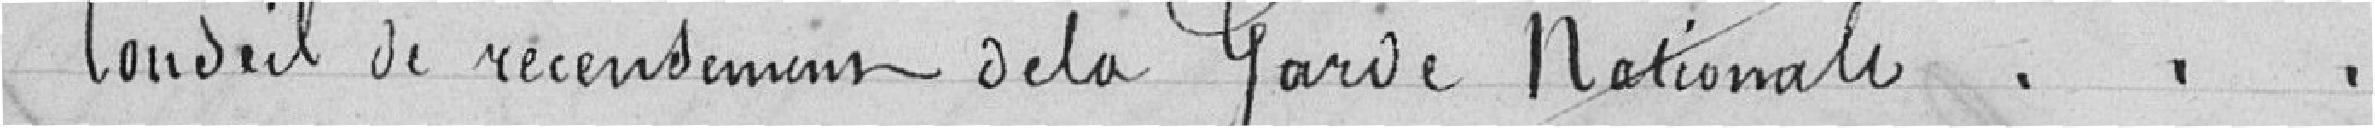
Conseil de recensement de la Garde Nationale